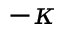
- \kappa